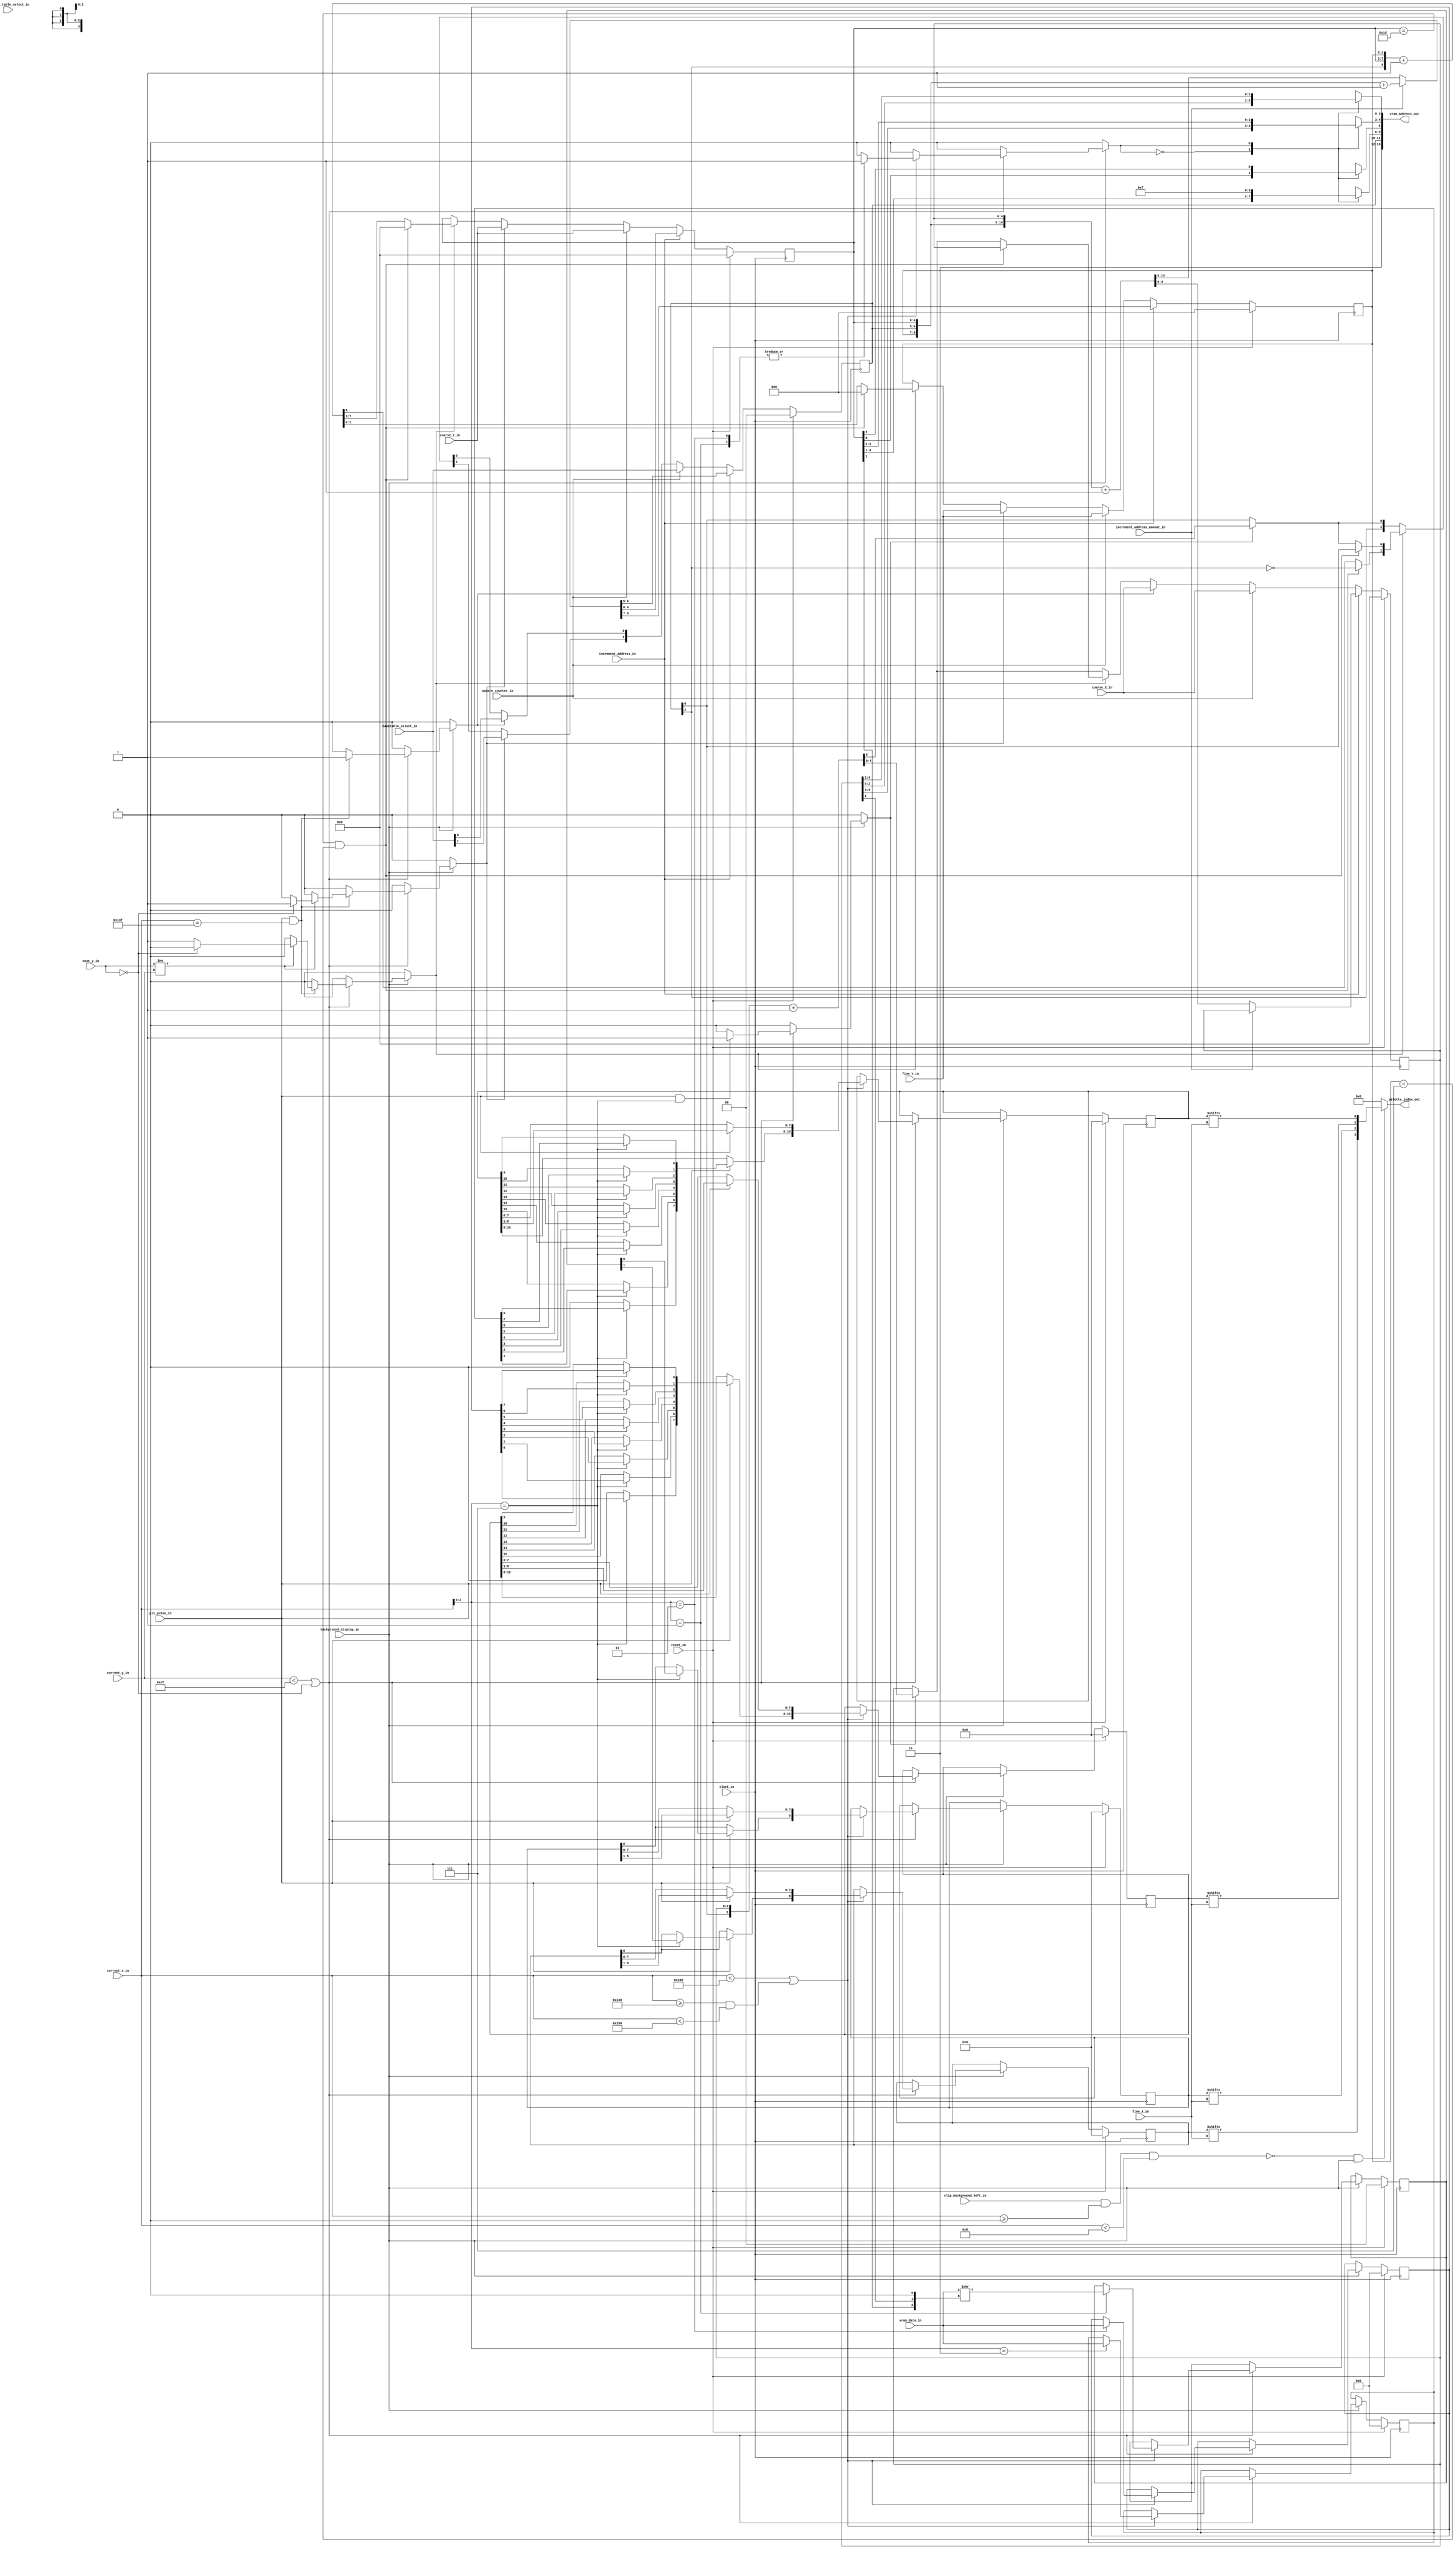
/***************************************************************************************************
** fpga_nes/hw/src/ppu/ppu.v
*
*  Copyright (c) 2012, Brian Bennett
*  All rights reserved.
*
*  Redistribution and use in source and binary forms, with or without modification, are permitted
*  provided that the following conditions are met:
*
*  1. Redistributions of source code must retain the above copyright notice, this list of conditions
*     and the following disclaimer.
*  2. Redistributions in binary form must reproduce the above copyright notice, this list of
*     conditions and the following disclaimer in the documentation and/or other materials provided
*     with the distribution.
*
*  THIS SOFTWARE IS PROVIDED BY THE COPYRIGHT HOLDERS AND CONTRIBUTORS "AS IS" AND ANY EXPRESS OR
*  IMPLIED WARRANTIES, INCLUDING, BUT NOT LIMITED TO, THE IMPLIED WARRANTIES OF MERCHANTABILITY AND
*  FITNESS FOR A PARTICULAR PURPOSE ARE DISCLAIMED. IN NO EVENT SHALL THE COPYRIGHT OWNER OR
*  CONTRIBUTORS BE LIABLE FOR ANY DIRECT, INDIRECT, INCIDENTAL, SPECIAL, EXEMPLARY, OR CONSEQUENTIAL
*  DAMAGES (INCLUDING, BUT NOT LIMITED TO, PROCUREMENT OF SUBSTITUTE GOODS OR SERVICES; LOSS OF USE,
*  DATA, OR PROFITS; OR BUSINESS INTERRUPTION) HOWEVER CAUSED AND ON ANY THEORY OF LIABILITY,
*  WHETHER IN CONTRACT, STRICT LIABILITY, OR TORT (INCLUDING NEGLIGENCE OR OTHERWISE) ARISING IN ANY
*  WAY OUT OF THE USE OF THIS SOFTWARE, EVEN IF ADVISED OF THE POSSIBILITY OF SUCH DAMAGE.
*
*  Picture processing unit background block.
***************************************************************************************************/

module ppu_bg
(
    input wire        clock_in,
    input wire        reset_in,
    input wire        background_display_in,
    input wire        clip_background_left_in,
    input wire [2:0]  fine_Y_in,
    input wire [2:0]  fine_X_in,
    input wire [4:0]  coarse_X_in,
    input wire [4:0]  coarse_Y_in,
    input wire [1:0]  nametable_select_in,
    input wire        pattern_table_select_in,
    input wire [9:0]  current_x_in,
    input wire [9:0]  current_y_in,
    input wire [9:0]  next_y_in,
    input wire        pix_pulse_in,             //if pulse_flag is 1,then you should output the color of the pixel
    input wire [7:0]  vram_data_in,
    input wire        update_counter_in,
    input wire        increment_address_in,
    input wire        increment_address_amount_in,
    output reg [13:0] vram_address_out,
    output wire [3:0] palette_index_out
);

reg [2:0] q_fine_Y,             d_fine_Y;
reg [4:0] q_coarse_X,           d_coarse_X;
reg [4:0] q_coarse_Y,           d_coarse_Y;
reg [1:0] q_nametable_select,   d_nametable_select;

reg [7:0] q_nametable_address,          d_nametable_address;
reg [1:0] q_attribute_table_data,       d_attribute_table_data;
reg [7:0] q_palette_data_0,             d_palette_data_0;
reg [7:0] q_palette_data_1,             d_palette_data_1;

reg [15:0] q_bit_shift_0,   d_bit_shift_0;
reg [15:0] q_bit_shift_1,   d_bit_shift_1;
reg [8:0] q_bit_shift_2,    d_bit_shift_2;
reg [8:0] q_bit_shift_3,    d_bit_shift_3;

reg increment_vertical_counter;     //move to the next scanline
reg update_vertical_counter;        //update, when come to the last line or update_in is set
reg increment_horizontal_counter;   //move to the next tile(render 8 pixels)
reg update_horizontal_counter;      //update, when come to the last column or update_in is set

reg vram_address_select;

wire clip;

always @(posedge clock_in)
begin 
    if (reset_in)
    begin
        q_fine_Y                    <= 3'b000;
        q_coarse_X                  <= 5'b00000;
        q_coarse_Y                  <= 5'b00000;
        q_nametable_select          <= 2'b00;
        q_nametable_address         <= 8'h00;
        q_attribute_table_data      <= 2'b00;
        q_palette_data_0            <= 8'h00;
        q_palette_data_1            <= 8'h00;
        q_bit_shift_0               <= 16'h0000;
        q_bit_shift_1               <= 16'h0000;
        q_bit_shift_2               <= 9'h000;
        q_bit_shift_3               <= 9'h000;
    end
    else
    begin
        q_fine_Y                    <= d_fine_Y;
        q_coarse_X                  <= d_coarse_X;
        q_coarse_Y                  <= d_coarse_Y;
        q_nametable_select          <= d_nametable_select;
        q_nametable_address         <= d_nametable_address;
        q_attribute_table_data      <= d_attribute_table_data;
        q_palette_data_0            <= d_palette_data_0;
        q_palette_data_1            <= d_palette_data_1;
        q_bit_shift_0               <= d_bit_shift_0;
        q_bit_shift_1               <= d_bit_shift_1;
        q_bit_shift_2               <= d_bit_shift_2;
        q_bit_shift_3               <= d_bit_shift_3;
    end
end 

//Visible scanlines (0-239)
//1.Cycles 1-256
//The data for each tile is fetched during this phase. 
//Each memory access takes 2 PPU cycles to complete, and 4 must be performed per tile:
//  Nametable byte
//  Attribute table byte
//  Tile bitmap low
//  Tile bitmap high (+8 bytes from tile bitmap low)
//2.Cycles 257-320
//The tile data for the sprites on the next scanline are fetched here. 
//Again, each memory access takes 2 PPU cycles to complete, and 4 are performed for each of the 8 sprites:
//  Garbage nametable byte
//  Garbage nametable byte
//  Tile bitmap low
//  Tile bitmap high (+8 bytes from tile bitmap low)
//3.Cycles 321-336
//This is where the first two tiles for the next scanline are fetched, and loaded into the shift registers. 
//Again, each memory access takes 2 PPU cycles to complete, and 4 are performed for the two tiles:
//  Nametable byte
//  Attribute table byte
//  Tile bitmap low
//  Tile bitmap high (+8 bytes from tile bitmap low)
//4.Cycles 337-340
//Two bytes are fetched, but the purpose for this is unknown. These fetches are 2 PPU cycles each.
//  Nametable byte
//  Nametable byte

always @*
begin
    d_nametable_address     = q_nametable_select;
    d_attribute_table_data  = q_attribute_table_data;
    d_palette_data_0        = q_palette_data_0;
    d_palette_data_1        = q_palette_data_1;
    d_bit_shift_0           = q_bit_shift_0;
    d_bit_shift_1           = q_bit_shift_1;
    d_bit_shift_2           = q_bit_shift_2;
    d_bit_shift_3           = q_bit_shift_3;
    vram_address_select     = 3'b100;
    if (background_display_in)
    begin
        if((current_y_in < 239) || (next_y_in == 0))
        begin
            if ((current_x_in < 256) || ((current_x_in >= 320 && current_x_in < 336)))
            begin
                 //cycle 1-256 and cycle 320-336
                //need to read the Nametable byte, Attribute table byte, Tile bitmap low, Tile bitmap high
                //2 16-bit shift registers - These contain the bitmap data for two tiles. 
                //Every 8 cycles, the bitmap data for the next tile is loaded into the upper 8 bits of this shift register. 
                //Meanwhile, the pixel to render is fetched from one of the lower 8 bits.
                //2 8-bit shift registers - These contain the palette attributes for the lower 8 pixels of the 16-bit shift register. 
                //These registers are fed by a latch which contains the palette attribute for the next tile. 
                //Every 8 cycles, the latch is loaded with the palette attribute for the next tile.
                if (pix_pulse_in)
                begin//shift the upper 8 bits to the lower 8 bits
                    d_bit_shift_0 = {1'b0, q_bit_shift_0[15:1]};
                    d_bit_shift_1 = {1'b0, q_bit_shift_1[15:1]};
                    d_bit_shift_2 = {q_bit_shift_2[8], q_bit_shift_2[8:1]};
                    d_bit_shift_3 = {q_bit_shift_3[8], q_bit_shift_3[8:1]};       
                    if (current_x_in[2:0] == 3'h7)//every cycle(render 8 pixels) renew the value of register, move to the next tile
                    begin
                        //bitmap data for the next tile loaded into the upper 8 bits
                        //4(2*2)tile's palette number is the same
                        d_bit_shift_0[15]   = q_palette_data_0[0];
                        d_bit_shift_0[14]   = q_palette_data_0[1];                  //the order is opposite:
                        d_bit_shift_0[13]   = q_palette_data_0[2];                  //the coordinate
                        d_bit_shift_0[12]   = q_palette_data_0[3];                  // 0 ----------> 
                        d_bit_shift_0[11]   = q_palette_data_0[4];                  //the bit count
                        d_bit_shift_0[10]   = q_palette_data_0[5];                  // <---------- 0
                        d_bit_shift_0[ 9]   = q_palette_data_0[6];
                        d_bit_shift_0[ 8]   = q_palette_data_0[7];
                        d_bit_shift_1[15]   = q_palette_data_1[0];
                        d_bit_shift_1[14]   = q_palette_data_1[1];
                        d_bit_shift_1[13]   = q_palette_data_1[2];
                        d_bit_shift_1[12]   = q_palette_data_1[3];
                        d_bit_shift_1[11]   = q_palette_data_1[4];
                        d_bit_shift_1[10]   = q_palette_data_1[5];
                        d_bit_shift_1[ 9]   = q_palette_data_1[6];
                        d_bit_shift_1[ 8]   = q_palette_data_1[7];
                        d_bit_shift_2[8]    = q_attribute_table_data[0];
                        d_bit_shift_3[8]    = q_attribute_table_data[1]; 
                    end                
                end
                case (current_x_in[2:0])
                3'b000:
                begin
                    vram_address_select = 3'b000;
                    d_nametable_address = vram_data_in;
                end
                3'b001:
                begin
                    vram_address_select     = 3'b001;
                    d_attribute_table_data  = vram_data_in >> {q_coarse_Y[1], q_coarse_X[1], 1'b0};
                    //value = (topleft << 0) | (topright << 2) | (bottomleft << 4) | (bottomright << 6)
                    //7654 3210
                    //|||| ||++- Color bits 3-2 for top left quadrant of this byte
                    //|||| ++--- Color bits 3-2 for top right quadrant of this byte
                    //||++------ Color bits 3-2 for bottom left quadrant of this byte
                    //++-------- Color bits 3-2 for bottom right quadrant of this byte
                end
                3'b010:
                begin
                    vram_address_select = 3'b010;
                    d_palette_data_0    = vram_data_in;
                end
                3'b011:
                begin
                    vram_address_select = 3'b011;
                    d_palette_data_1    = vram_data_in;
                end
                endcase
            end
        end
    end
end
    
always @*
begin
    update_vertical_counter         = 1'b0;
    increment_vertical_counter      = 1'b0;
    update_horizontal_counter       = 1'b0;
    increment_horizontal_counter    = 1'b0;
    if (background_display_in)
    begin
        if ((current_y_in < 239) || (next_y_in == 0))
        begin
            if (pix_pulse_in && (current_x_in == 319))
            begin
                update_horizontal_counter = 1'b1;
                if (next_y_in != current_y_in)
                begin
                    if (next_y_in == 0)
                        update_vertical_counter = 1'b1;
                    else
                        increment_vertical_counter = 1'b1;
                end
            end
            if (pix_pulse_in && (current_x_in[2:0] == 3'h7))
            begin
                increment_horizontal_counter = 1'b1;
            end
        end
    end
end

//change the coordinate
always @*
begin
    d_fine_Y            = q_fine_Y;
    d_coarse_X          = q_coarse_X;
    d_coarse_Y          = q_coarse_Y;
    d_nametable_select  = q_nametable_select;
    if (increment_address_in)
    begin
        if (increment_address_amount_in)//add 32
        begin 
            {d_fine_Y, d_nametable_select, d_coarse_Y} = {q_fine_Y, q_nametable_select, q_coarse_Y} + 10'b001;
        end
        else//add 1
        begin
            {d_fine_Y, d_nametable_select, d_coarse_Y, d_coarse_X} = {q_fine_Y, q_nametable_select, q_coarse_Y, q_coarse_X} + 15'h0001;
        end
    end
    else
    begin
        if (increment_horizontal_counter)
        begin
            {d_nametable_select[0], d_coarse_X} = {q_nametable_select[0], q_coarse_X} + 6'b000001;
        end
        if (increment_vertical_counter)
        begin
            if (q_coarse_Y == 5'b11101 && q_fine_Y == 3'b111)//the last line
            begin
                d_fine_Y                = 3'b000;
                d_nametable_select[1]   = ~q_nametable_select[1];
                d_nametable_select[0]   = q_nametable_select[0];
                d_coarse_X              = q_coarse_X;
                d_coarse_Y              = 5'b00000;
            end
            else
                {d_nametable_select[1], d_coarse_Y, d_fine_Y} = {q_nametable_select[1], q_coarse_Y, q_fine_Y} + 9'h001;
        end
        if (update_vertical_counter)
        begin
            d_fine_Y                = fine_Y_in;
            d_coarse_Y              = coarse_Y_in;
            d_nametable_select[1]   = nametable_select_in[1];
        end
        if (update_horizontal_counter)
        begin
            d_coarse_X              = coarse_X_in;
            d_nametable_select[0]   = nametable_select_in[0];
        end
        if (update_counter_in)
        begin
            d_fine_Y                = fine_Y_in;
            d_coarse_X              = coarse_X_in;
            d_coarse_Y              = coarse_Y_in;
            d_nametable_select      = nametable_select_in;
        end
    end
end 

//store the address    
always @*
begin  
    //store the address
    //yyy NN YYYYY XXXXX nametable
    //||| || ||||| +++++ -- coarse X scroll
    //||| || +++++ -------- coarse Y scroll
    //||| ++ -------------- namestable select
    //+++ ----------------- fine Y scroll(it's no use)
    case(vram_address_select)
    3'b000://nametable
    begin
        vram_address_out[13:12] = 2'b10;
        vram_address_out[11:10] = q_nametable_select;
        vram_address_out[9:5]   = q_coarse_Y;
        vram_address_out[4:0]   = q_coarse_X;
    end
    //NN 1111 YYY XXX
    //|| |||| ||| +++-- high 3 bits of coarse X (x/4)
    //|| |||| +++------ high 3 bits of coarse Y (y/4)
    //|| ++++---------- attribute offset (960 bytes)
    //++--------------- nametable select
    3'b001://attribute table
    begin
        vram_address_out[13:12] = 2'b10;
        vram_address_out[11:10] = q_nametable_select;
        vram_address_out[9:6]   = 4'b1111;
        vram_address_out[5:3]   = q_coarse_Y[4:2];
        vram_address_out[2:0]   = q_coarse_X[4:2];
    end
    //0HRRRR CCCCPTTT pattern table
    //|||||| |||||+++ -- Fine Y offset, the row number within a tile 
    //|||||| ||||+ ----- Bit plane (0: "lower"; 1: "upper") 
    //|||||| ++++ ------ Tile column  
    //||++++ ----------- Tile row    
    //|+ --------------- Half of sprite table (0: "left"; 1: "right") 
    //+ ---------------- 0: Pattern table is at $0000-$1FFF
    3'b010://pattern table 0
    begin
        vram_address_out[13]    = 1'b0;
        vram_address_out[12]    = pattern_table_select_in;
        vram_address_out[11:4]  = q_nametable_address;
        vram_address_out[3]     = 1'b0;
        vram_address_out[2:0]   = q_fine_Y;
    end
    3'b011://pattern table 1
    begin
        vram_address_out[13]    = 1'b0;
        vram_address_out[12]    = pattern_table_select_in;
        vram_address_out[11:4]  = q_nametable_address;
        vram_address_out[3]     = 1'b1;
        vram_address_out[2:0]   = q_fine_Y;
    end
    //yyy NN YYYYY XXXXX nametable
    //||| || ||||| +++++ -- coarse X scroll
    //||| || +++++ -------- coarse Y scroll
    //||| ++ -------------- namestable select
    //+++ ----------------- fine Y scroll(it's no use)
    3'b100://rgister
    begin
        vram_address_out[13:12] = q_fine_Y[1:0];
        vram_address_out[11:10] = q_nametable_select;
        vram_address_out[9:5]   = q_coarse_Y;
        vram_address_out[4:0]   = q_coarse_X;
    end
    endcase
end

assign clip = clip_background_left_in && (current_x_in >= 10'h000) && (current_x_in < 10'h008);
assign palette_index_out = (!clip && background_display_in) ? {q_bit_shift_3[fine_X_in], q_bit_shift_2[fine_X_in], q_bit_shift_1[fine_X_in], q_bit_shift_0[fine_X_in]} : 4'b0000;
    
endmodule